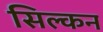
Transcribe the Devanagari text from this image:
सिल्कन